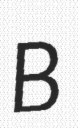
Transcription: B